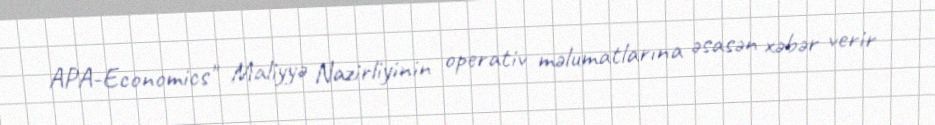
APA-Economics" Maliyyə Nazirliyinin operativ məlumatlarına əsasən xəbər verir